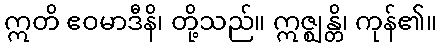
ဣတိ ဧဝမာဒီနိ၊ တို့သည်။ ဣဇ္ဈန္တိ၊ ကုန်၏။